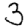
Digit: 3